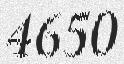
4650